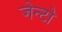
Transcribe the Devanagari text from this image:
जेन्टो